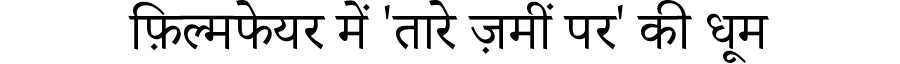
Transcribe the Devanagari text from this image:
फ़िल्मफेयर में 'तारे ज़मीं पर' की धूम